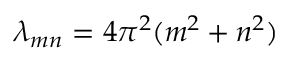
\lambda _ { m n } = 4 \pi ^ { 2 } ( m ^ { 2 } + n ^ { 2 } )